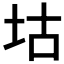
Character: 𡊜